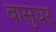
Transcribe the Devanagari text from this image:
बासुधर